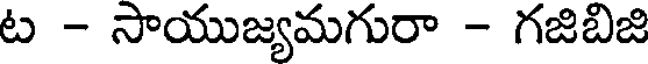
ట - సాయుజ్యమగురా - గజిబిజి